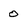
Character: 0